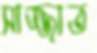
সাজ্জাত